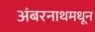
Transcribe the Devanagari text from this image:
अंबरनाथमधून